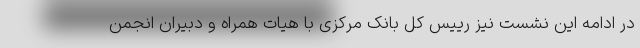
در ادامه این نشست نیز رییس کل بانک مرکزی با هیات همراه و دبیران انجمن